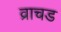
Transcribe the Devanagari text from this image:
व्राचड